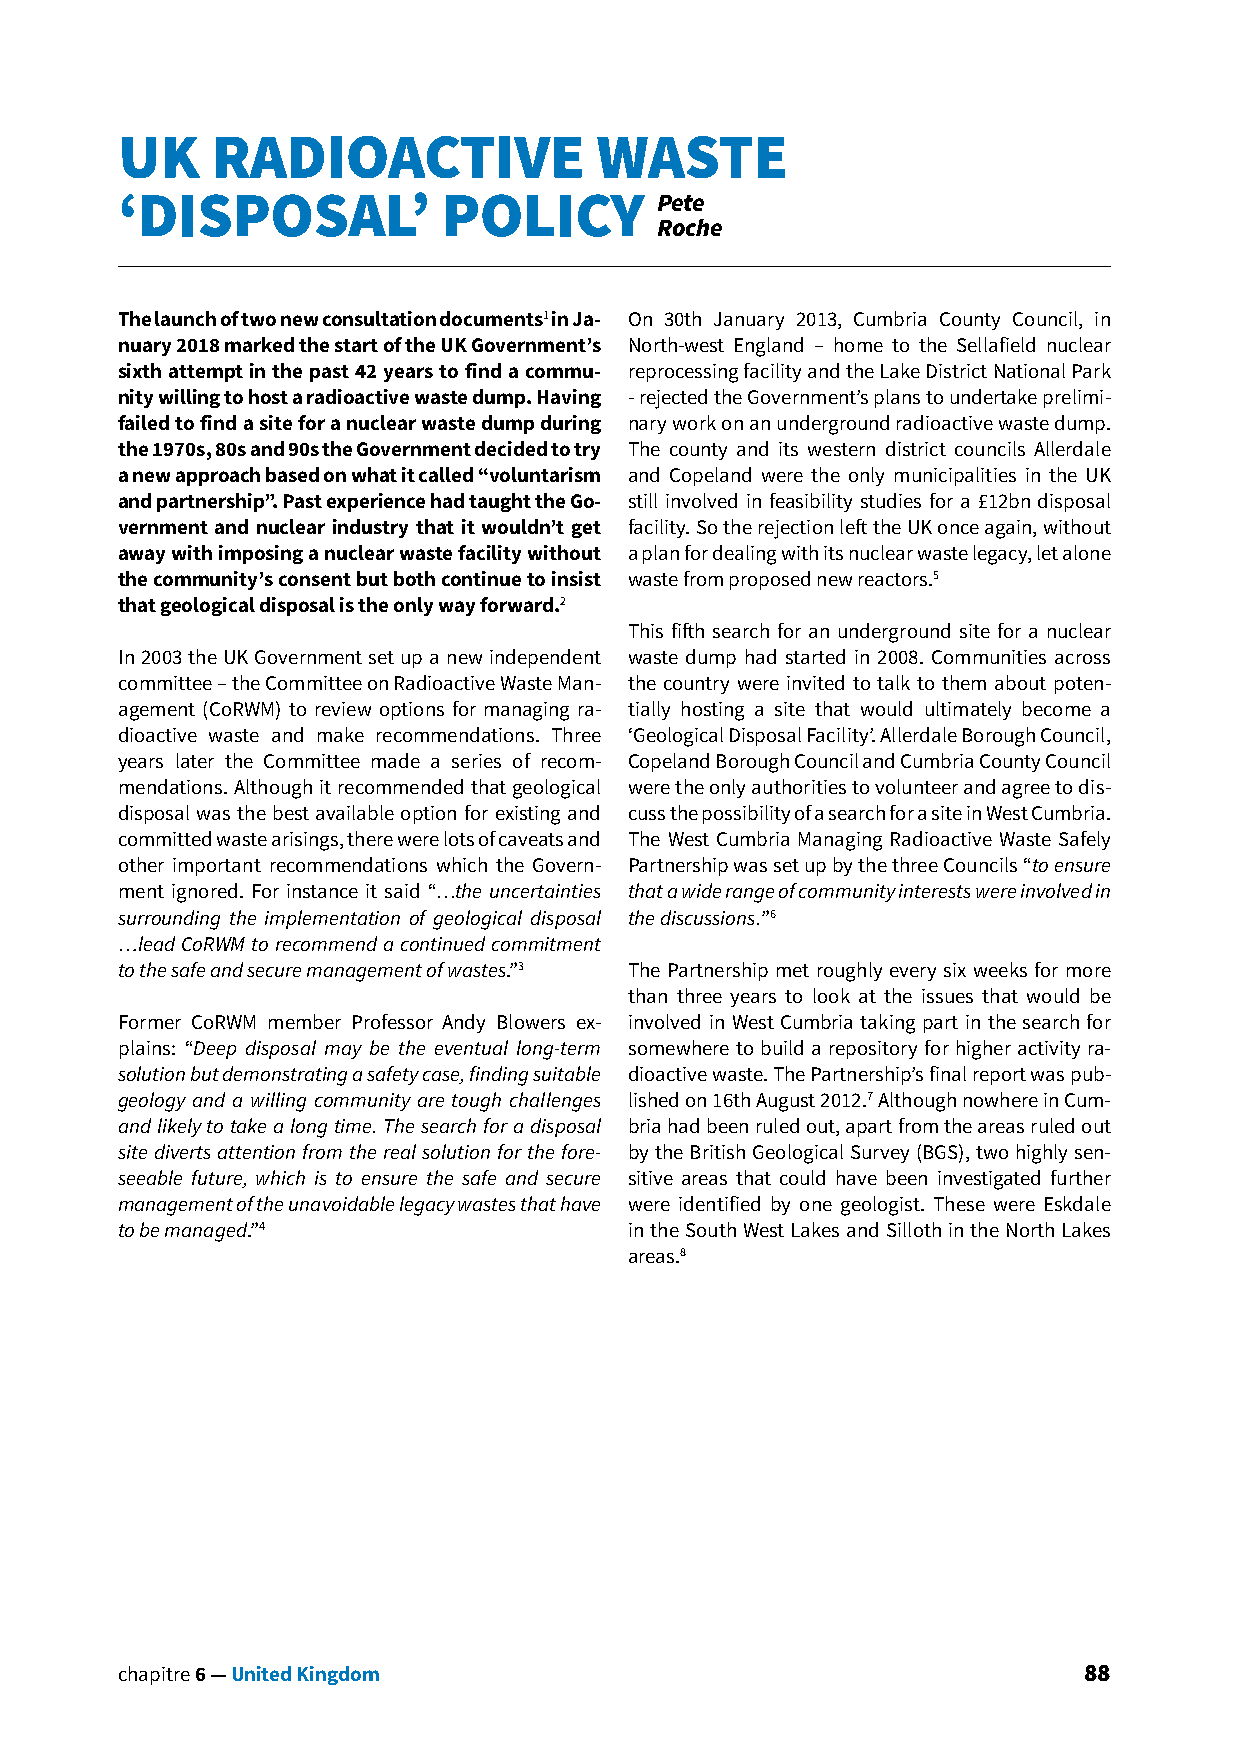
UK    RADIOACTIVE              WASTE
 ‘DISPOSAL’           POLICY        Pete
 Roche
 The launch of two new consultation documents1 in Ja- On 30th January 2013, Cumbria County Council, in
 nuary 2018 marked the start of the UK Government’s North-west England – home to the Sellafield nuclear
 sixth attempt in the past 42 years to find a commu- reprocessing facility and the Lake District National Park
 nity willing to host a radioactive waste dump. Having - rejected the Government’s plans to undertake prelimi-
 failed to find a site for a nuclear waste dump during nary work on an underground radioactive waste dump.
 the 1970s, 80s and 90s the Government decided to try The county and its western district councils Allerdale
 a new approach based on what it called “voluntarism and Copeland were the only municipalities in the UK
 and partnership”. Past experience had taught the Go- still involved in feasibility studies for a £12bn disposal
 vernment and nuclear industry that it wouldn’t get facility. So the rejection left the UK once again, without
 away with imposing a nuclear waste facility without a plan for dealing with its nuclear waste legacy, let alone
 the community’s consent but both continue to insist waste from proposed new reactors.5
 that geological disposal is the only way forward.2
 This fifth search for an underground site for a nuclear
 In 2003 the UK Government set up a new independent waste dump had started in 2008. Communities across
 committee – the Committee on Radioactive Waste Man- the country were invited to talk to them about poten-
 agement (CoRWM) to review options for managing ra- tially hosting a site that would ultimately become a
 dioactive waste and make recommendations. Three ‘Geological Disposal Facility’. Allerdale Borough Council,
 years later the Committee made a series of recom- Copeland Borough Council and Cumbria County Council
 mendations. Although it recommended that geological were the only authorities to volunteer and agree to dis-
 disposal was the best available option for existing and cuss the possibility of a search for a site in West Cumbria.
 committed waste arisings, there were lots of caveats and The West Cumbria Managing Radioactive Waste Safely
 other important recommendations which the Govern- Partnership was set up by the three Councils “to ensure
 ment ignored. For instance it said “…the uncertainties that a wide range of community interests were involved in
 surrounding the implementation of geological disposal the discussions.”6
 …lead CoRWM to recommend a continued commitment
 to the safe and secure management of wastes.”3 The Partnership met roughly every six weeks for more
 than three years to look at the issues that would be
 Former CoRWM member Professor Andy Blowers ex- involved in West Cumbria taking part in the search for
 plains: “Deep disposal may be the eventual long-term somewhere to build a repository for higher activity ra-
 solution but demonstrating a safety case, finding suitable dioactive waste. The Partnership’s final report was pub-
 geology and a willing community are tough challenges lished on 16th August 2012.7 Although nowhere in Cum-
 and likely to take a long time. The search for a disposal bria had been ruled out, apart from the areas ruled out
 site diverts attention from the real solution for the fore- by the British Geological Survey (BGS), two highly sen-
 seeable future, which is to ensure the safe and secure sitive areas that could have been investigated further
 management of the unavoidable legacy wastes that have were identified by one geologist. These were Eskdale
 to be managed.”4                  in the South West Lakes and Silloth in the North Lakes
 areas.8
 chapitre 6 — United Kingdom                                     88